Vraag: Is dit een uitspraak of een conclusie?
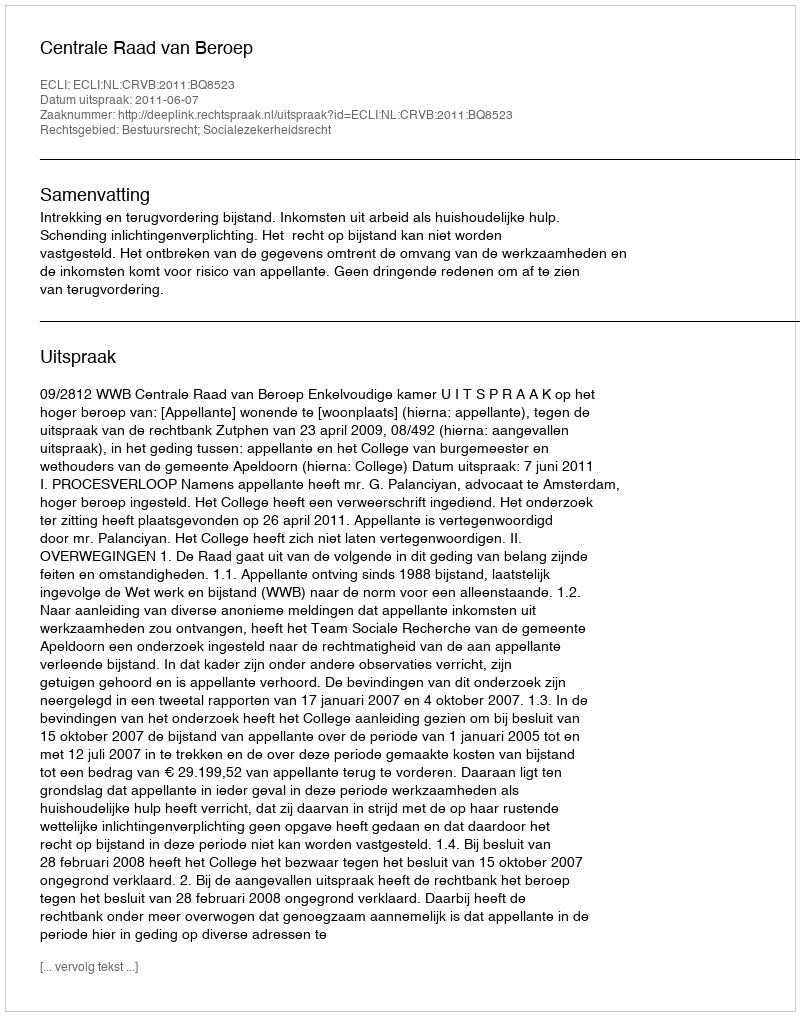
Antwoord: Uitspraak